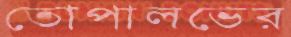
তোপালভের